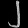
Digit: ၂